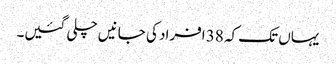
یہاں تک کہ 38 افراد کی جانیں چلی گئیں۔